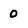
Character: 0